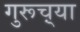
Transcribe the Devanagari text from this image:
गुरूच़्या